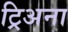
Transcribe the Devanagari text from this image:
ट्रिअना